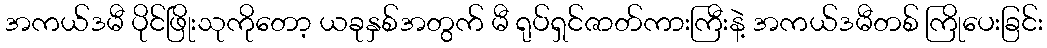
အကယ်ဒမီ ပိုင်ဖြိုးသုကိုတော့ ယခုနှစ်အတွက် မီ ရုပ်ရှင်ဇာတ်ကားကြီးနဲ့ အကယ်ဒမီတစ် ကြိုပေးခြင်း